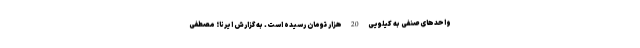
واحدهای صنفی به کیلویی 20 هزار تومان رسیده است. به گزارش ایرنا؛ مصطفی